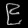
Digit: ၉